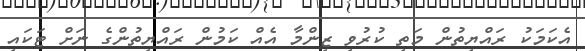
އެކަމަކު ރައްޔިތުން މަތި ކުރުވި ޒިންމާ އެއް ކަމުން ރައްޔިތުންގެ ނަށް ޓަކައި